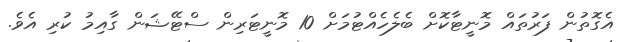
އެގޮތުން ފަރުތައް މޮނީޓާކޮށް ބެލެހެއްޓުމަށް 10 މޮނީޓަރިން ސްޓޭޝަން ގާއިމު ކުރި އެވެ.